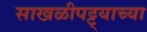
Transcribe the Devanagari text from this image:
साखळीपट्ट्याच्या